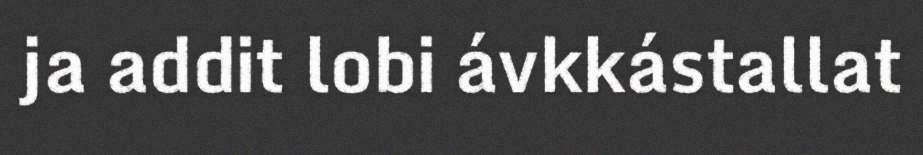
ja addit lobi ávkkástallat